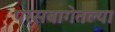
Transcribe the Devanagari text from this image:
परसबागेतल्या